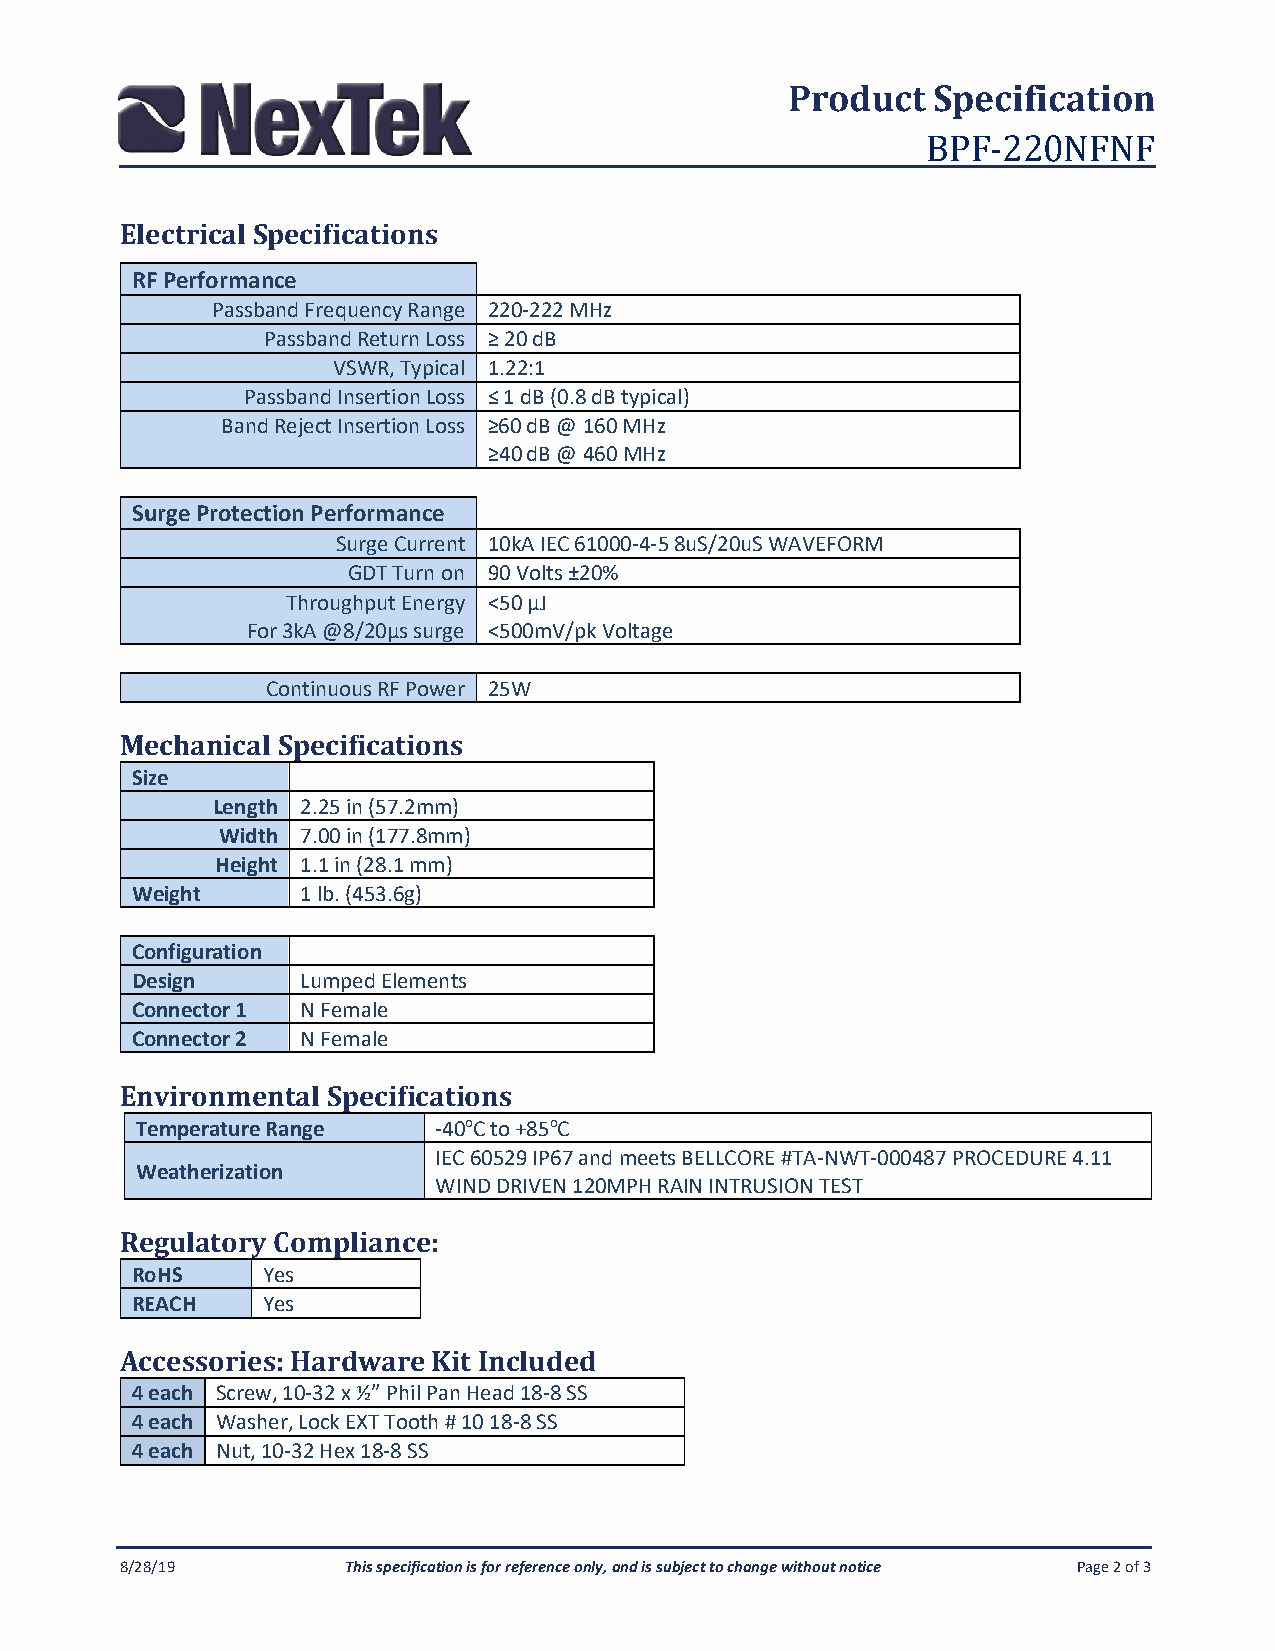
Product   Specification
 BPF-220NFNF
 Electrical Specifications
 RF Performance
 Passband Frequency Range 220-222 MHz
 Passband Return Loss ≥ 20 dB
 VSWR, Typical 1.22:1
 Passband Insertion Loss ≤ 1 dB (0.8 dB typical)
 Band Reject Insertion Loss ≥60 dB @ 160 MHz
 ≥40 dB @ 460 MHz
 Surge Protection Performance
 Surge Current 10kA IEC 61000-4-5 8uS/20uS WAVEFORM
 GDT Turn on 90 Volts ±20%
 Throughput Energy <50 µJ
 For 3kA @8/20µs surge <500mV/pk Voltage
 Continuous RF Power 25W
 Mechanical Specifications
 Size
 Length 2.25 in (57.2mm)
 Width 7.00 in (177.8mm)
 Height 1.1 in (28.1 mm)
 Weight     1 lb. (453.6g)
 Configuration
 Design     Lumped Elements
 Connector 1 N Female
 Connector 2 N Female
 Environmental Specifications
 Temperature Range   -40oC to +85oC
 IEC 60529 IP67 and meets BELLCORE #TA-NWT-000487 PROCEDURE 4.11
 Weatherization
 WIND DRIVEN 120MPH RAIN INTRUSION TEST
 Regulatory Compliance:
 RoHS    Yes
 REACH   Yes
 Accessories: Hardware Kit Included
 4 each Screw, 10-32 x ½” Phil Pan Head 18-8 SS
 4 each Washer, Lock EXT Tooth # 10 18-8 SS
 4 each Nut, 10-32 Hex 18-8 SS
 8/28/19        This specification is for reference only, and is subject to change without notice Page 2 of 3